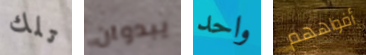
تلك يبدوان واحد أفواههم